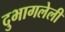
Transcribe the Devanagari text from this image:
दुभागलेली